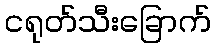
ငရုတ်သီးခြောက်